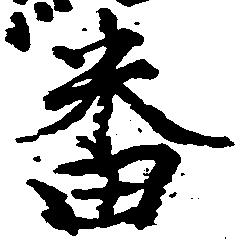
番